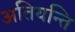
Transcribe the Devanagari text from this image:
अतियन्ति